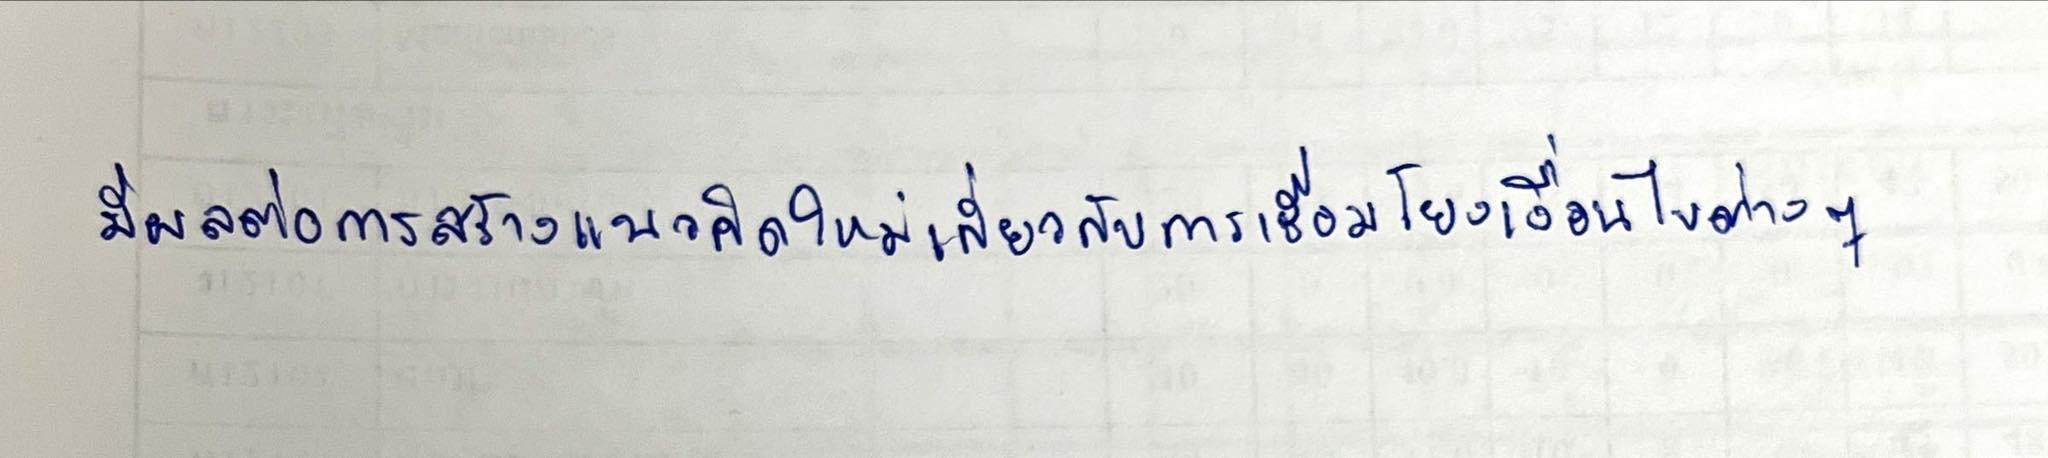
มีผลต่อการสร้างแนวคิดใหม่เกี่ยวกับการเชื่อมโยงของเงื่อนไขต่างๆ